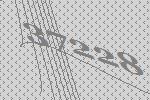
37228